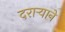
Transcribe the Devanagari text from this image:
दराऱ्याने